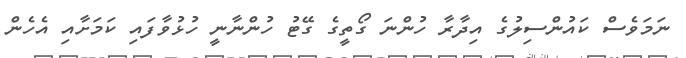
ނަމަވެސް ކައުންސިލުގެ އިދާރާ ހުންނަ ގޯތީގެ ގޭޓު ހުންނާނީ ހުޅުވާފައި ކަމަށާއި އެހެން